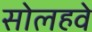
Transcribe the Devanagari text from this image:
सोलहवे